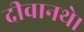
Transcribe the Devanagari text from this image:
दीवानथे।